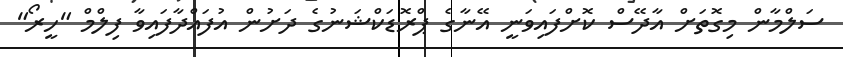
ސަލްމާން މިގޮތަށް އާދޭސް ކޮށްފައިވަނީ އޭނާގެ ޕްރޮޑަކްޝަނުގެ ދަށުން އުފައްދާފައިވާ ފިލްމް "ހީރޯ"